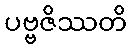
ပဗ္ဗဇိဿတိ